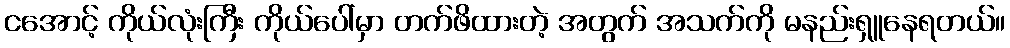
ငအောင့် ကိုယ်လုံးကြီး ကိုယ်ပေါ်မှာ တက်ဖိထားတဲ့ အတွက် အသက်ကို မနည်းရှူနေရတယ်။